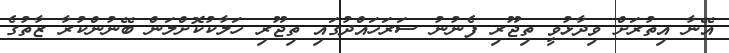
އޭނާ އިތުރަށް ވިދާޅުވީ ތިޖޫރި ފެނުނު ސަރަހައްދުގައި ތިޖޫރި ހަލާކުކޮށްލަން ބޭނުންކުރާ ޒާތުގެ